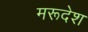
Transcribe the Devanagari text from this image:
मरूदेश